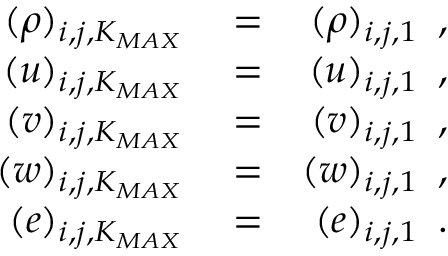
\begin{array} { r l r } { ( \rho ) _ { i , j , K _ { M A X } } } & { { } = } & { ( \rho ) _ { i , j , 1 } \, \mathrm { ~ , ~ } } \\ { ( u ) _ { i , j , K _ { M A X } } } & { { } = } & { ( u ) _ { i , j , 1 } \, \mathrm { ~ , ~ } } \\ { ( v ) _ { i , j , K _ { M A X } } } & { { } = } & { ( v ) _ { i , j , 1 } \, \mathrm { ~ , ~ } } \\ { ( w ) _ { i , j , K _ { M A X } } } & { { } = } & { ( w ) _ { i , j , 1 } \, \mathrm { ~ , ~ } } \\ { ( e ) _ { i , j , K _ { M A X } } } & { { } = } & { ( e ) _ { i , j , 1 } \, \mathrm { ~ . ~ } } \end{array}